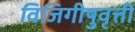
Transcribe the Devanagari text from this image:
विजिगीषुवृत्ती